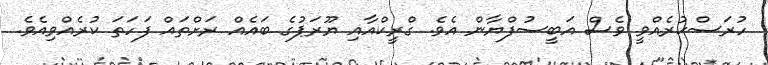
ހުރަސްކުރެއްވީ ވެސް އަބީސުފްޔާން އެވެ. ގްރީކްއާއި ޔޫރަޕުގެ ބައެއް ރަށްތައް ފަހަތަ ކުރެއްވިއެވެ.